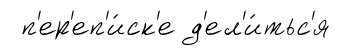
п'ер'еп'и́ск'е д'ел'и́тьс'я